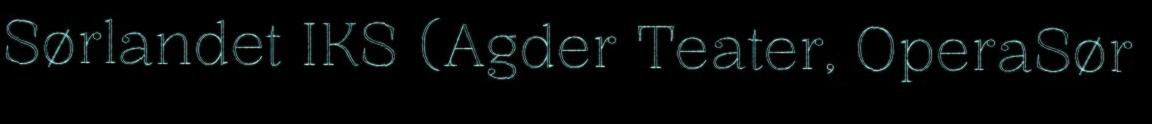
Sørlandet IKS (Agder Teater, OperaSør